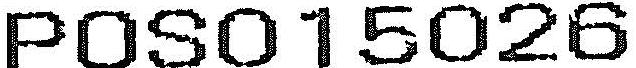
POS015026